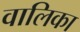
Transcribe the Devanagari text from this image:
वालिका